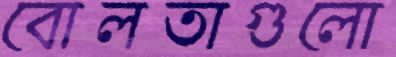
বোলতাগুলো